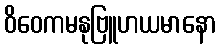
ဝိဝေကမနုဗြူဟယမာနော